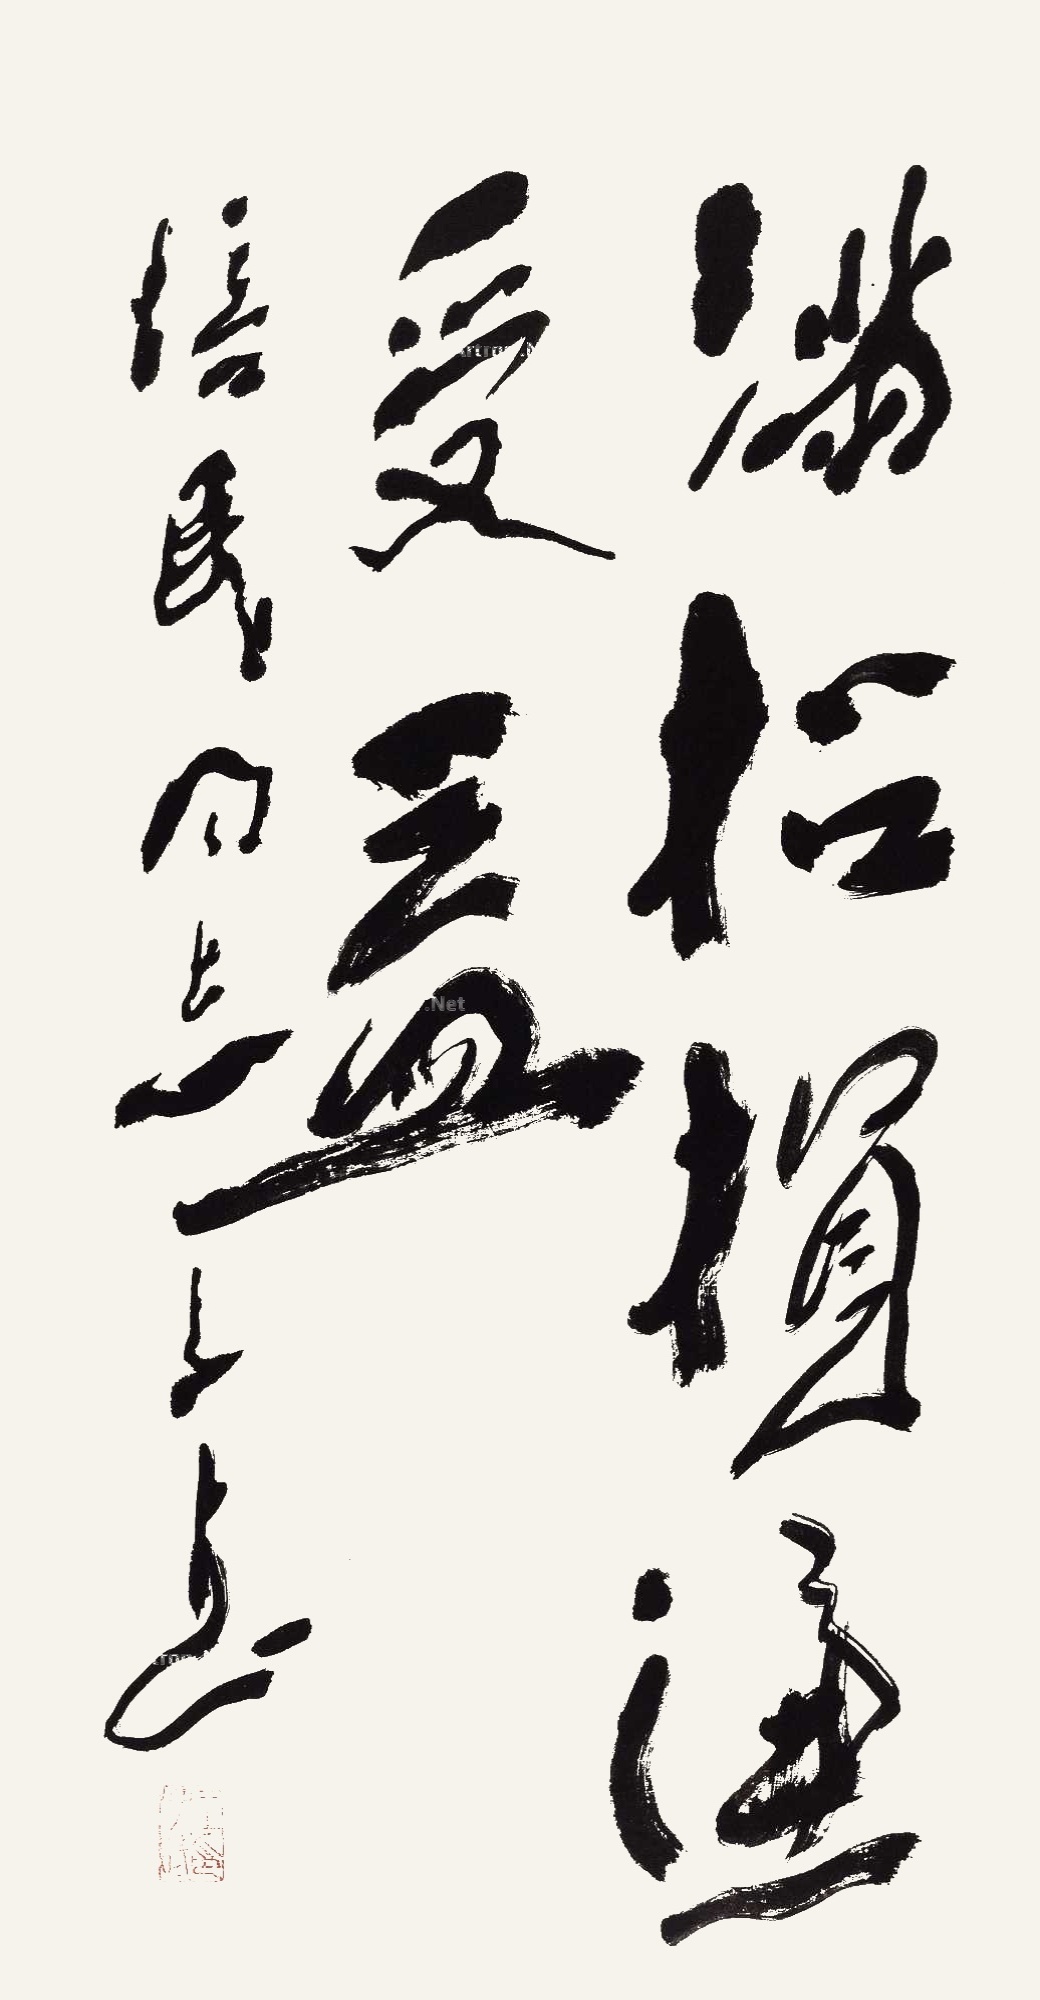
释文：满招损，谦受益。培民同志，子武。